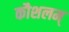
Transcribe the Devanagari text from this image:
कौशलम्‌